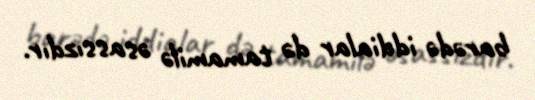
barədə iddialar də tamamilə əsassızdır.